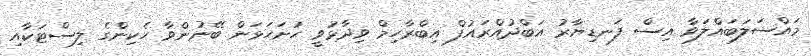
މައްސަލަބައްލަވާ އިސް ފަނޑިޔާރު އަބްދުއްރައުފް އިބްރާހިމް ވިދާޅުވީ ހުށަހަޅަން ބޭނުންވާ ހެކިންގެ ލިސްޓަކާއި